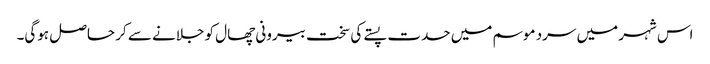
اس شہر میں سرد موسم میں حدت پستے کی سخت بیرونی چھال کو جلانے سے کر حاصل ہوگی۔